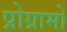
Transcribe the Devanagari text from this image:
प्रोग्रामो